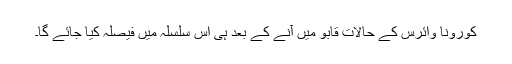
کورونا وائرس کے حالات قابو میں آنے کے بعد ہی اس سلسلہ میں فیصلہ کیا جائے گا۔